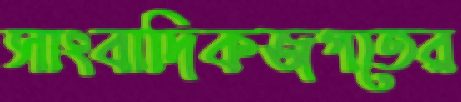
সাংবাদিকজগতের